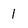
Character: 1